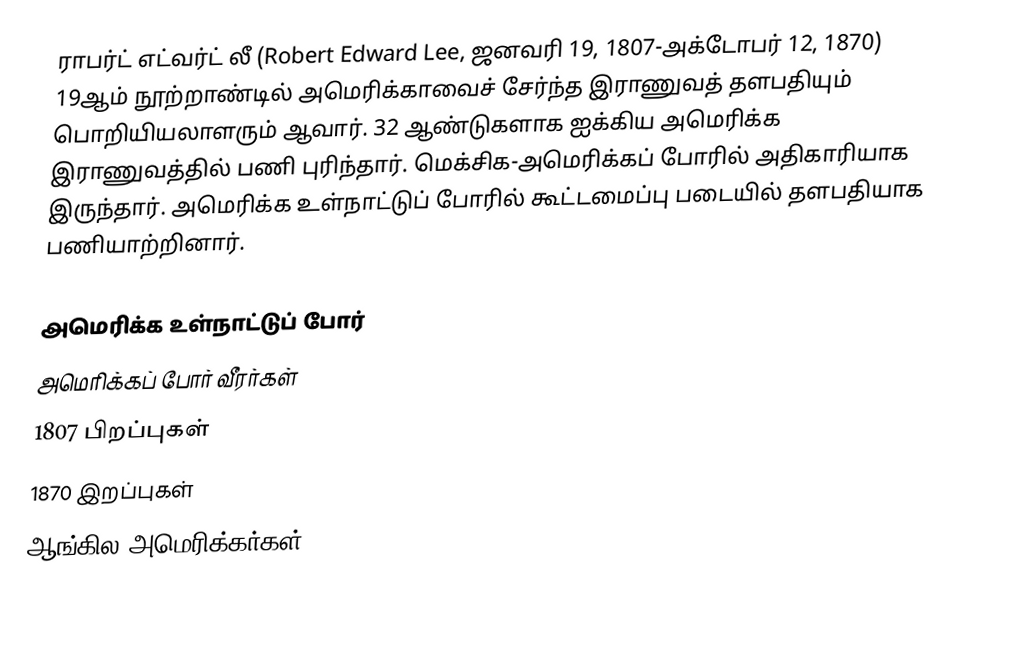
ராபர்ட் எட்வர்ட் லீ (Robert Edward Lee, ஜனவரி 19, 1807-அக்டோபர் 12, 1870) 19ஆம் நூற்றாண்டில் அமெரிக்காவைச் சேர்ந்த இராணுவத் தளபதியும் பொறியியலாளரும் ஆவார். 32 ஆண்டுகளாக ஐக்கிய அமெரிக்க இராணுவத்தில் பணி புரிந்தார். மெக்சிக-அமெரிக்கப் போரில் அதிகாரியாக இருந்தார். அமெரிக்க உள்நாட்டுப் போரில் கூட்டமைப்பு படையில் தளபதியாக பணியாற்றினார்.

அமெரிக்க உள்நாட்டுப் போர்
அமெரிக்கப் போர் வீரர்கள்
1807 பிறப்புகள்
1870 இறப்புகள்
ஆங்கில அமெரிக்கர்கள்